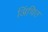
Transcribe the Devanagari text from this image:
अिंचित